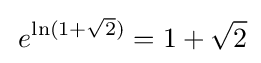
\!\ e^{\ln(1+{\sqrt {2}})}=1+{\sqrt {2}}